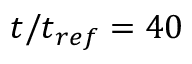
t / t _ { r e f } = 4 0